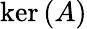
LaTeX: \ker\left(A\right)